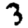
Digit: 3